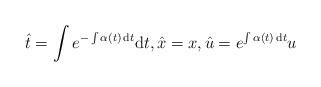
LaTeX: \begin{align*}\hat t=\int e^{-\int \alpha(t)\, {\rm d}t}{\rm d}t,\hat x=x, \hat u=e^{\int \alpha(t)\, {\rm d}t}u\end{align*}